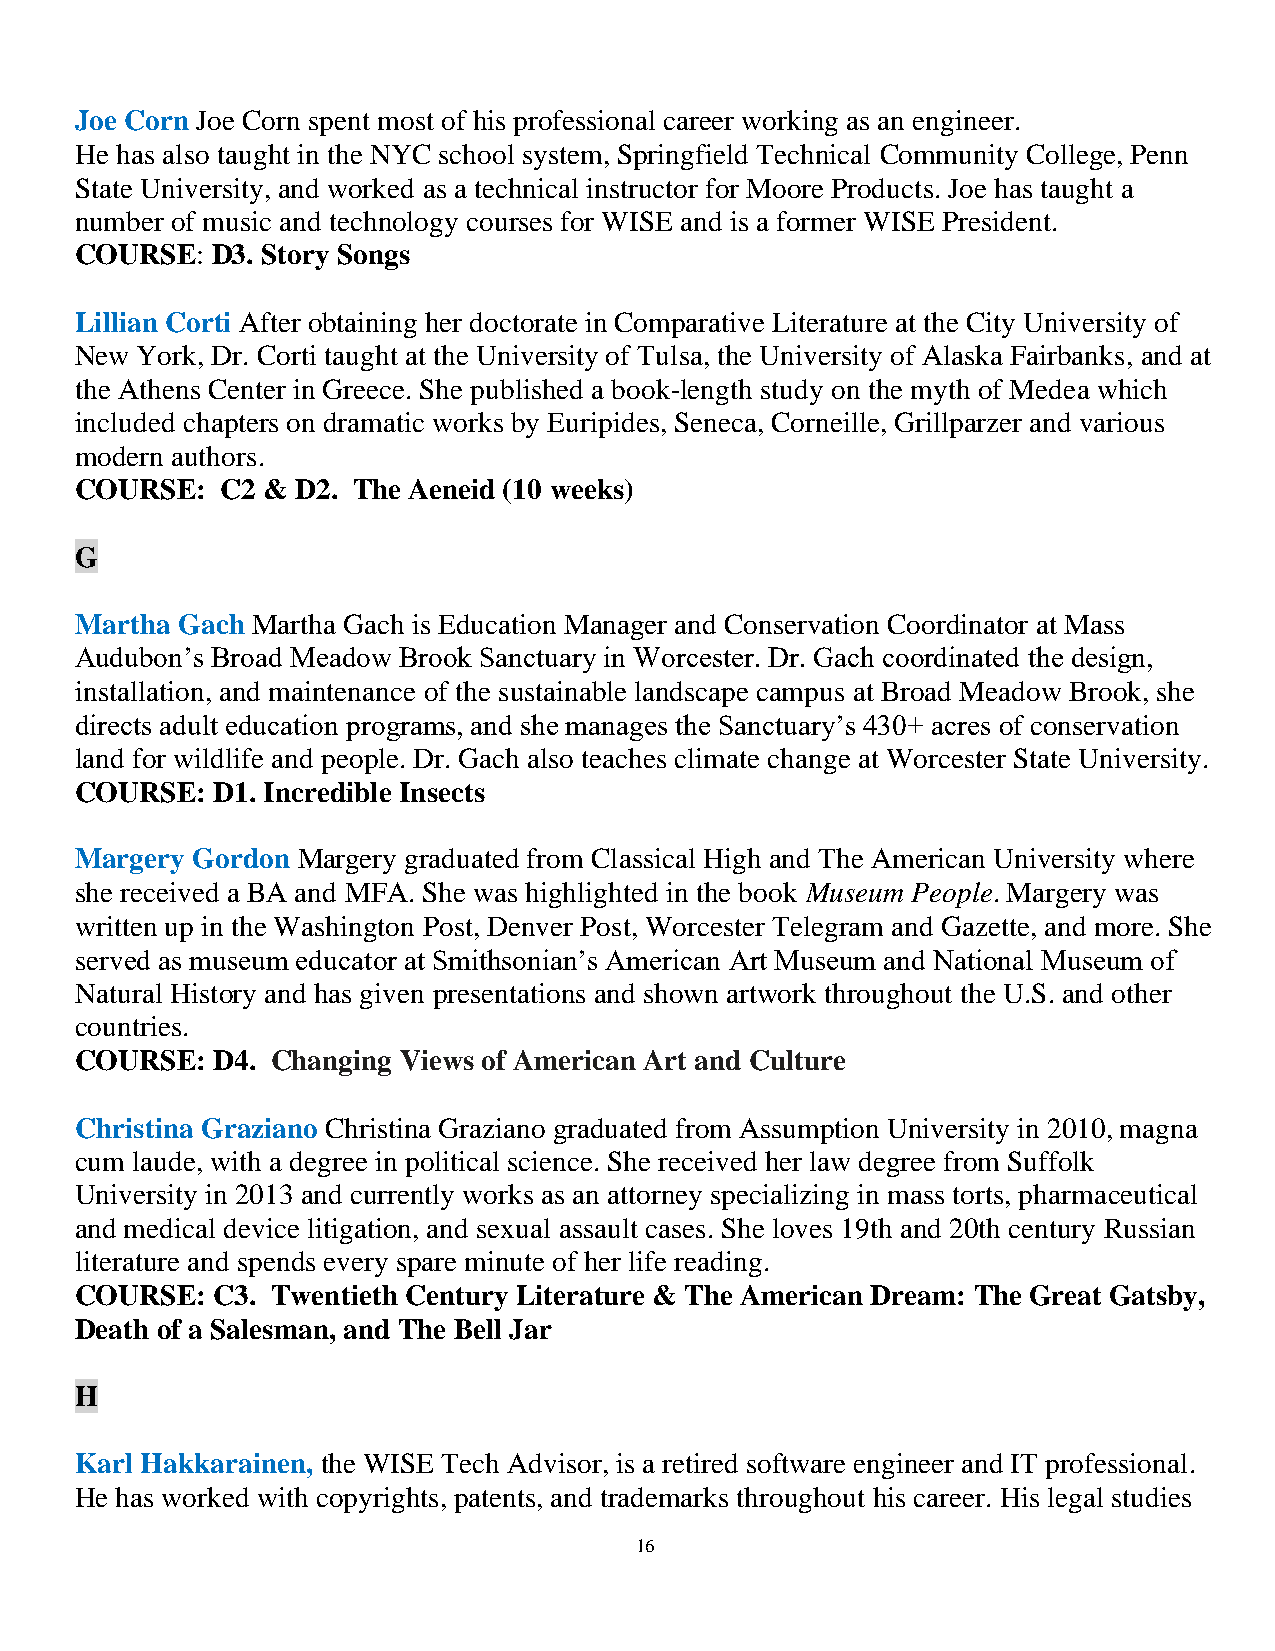
Joe Corn Joe Corn spent most of his professional career working as an engineer.
 He has also taught in the NYC school system, Springfield Technical Community College, Penn
 State University, and worked as a technical instructor for Moore Products. Joe has taught a
 number of music and technology courses for WISE and is a former WISE President.
 COURSE:  D3. Story Songs
 Lillian Corti After obtaining her doctorate in Comparative Literature at the City University of
 New York, Dr. Corti taught at the University of Tulsa, the University of Alaska Fairbanks, and at
 the Athens Center in Greece. She published a book-length study on the myth of Medea which
 included chapters on dramatic works by Euripides, Seneca, Corneille, Grillparzer and various
 modern authors.
 COURSE:   C2 & D2. The Aeneid (10 weeks)
 G
 Martha Gach Martha Gach is Education Manager and Conservation Coordinator at Mass
 Audubon’s Broad Meadow Brook Sanctuary in Worcester. Dr. Gach coordinated the design,
 installation, and maintenance of the sustainable landscape campus at Broad Meadow Brook, she
 directs adult education programs, and she manages the Sanctuary’s 430+ acres of conservation
 land for wildlife and people. Dr. Gach also teaches climate change at Worcester State University.
 COURSE:  D1. Incredible Insects
 Margery Gordon Margery graduated from Classical High and The American University where
 she received a BA and MFA. She was highlighted in the book Museum People. Margery was
 written up in the Washington Post, Denver Post, Worcester Telegram and Gazette, and more. She
 served as museum educator at Smithsonian’s American Art Museum and National Museum of
 Natural History and has given presentations and shown artwork throughout the U.S. and other
 countries.
 COURSE:  D4. Changing Views of American Art and Culture
 Christina Graziano Christina Graziano graduated from Assumption University in 2010, magna
 cum laude, with a degree in political science. She received her law degree from Suffolk
 University in 2013 and currently works as an attorney specializing in mass torts, pharmaceutical
 and medical device litigation, and sexual assault cases. She loves 19th and 20th century Russian
 literature and spends every spare minute of her life reading.
 COURSE:  C3. Twentieth Century Literature & The American Dream: The Great Gatsby,
 Death of a Salesman, and The Bell Jar
 H
 Karl Hakkarainen, the WISE Tech Advisor, is a retired software engineer and IT professional.
 He has worked with copyrights, patents, and trademarks throughout his career. His legal studies
 16